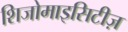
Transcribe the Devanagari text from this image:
शिजोमाइसिटीज़